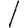
Digit: 1